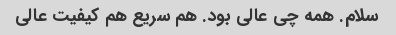
سلام. همه چی عالی بود. هم سریع هم کیفیت عالی